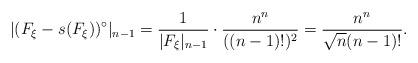
LaTeX: \begin{align*}|(F_{\xi}-s(F_{\xi}))^{\circ}|_{n-1}=\frac{1}{|F_\xi|_{n-1}}\cdot \frac{n^n}{((n-1)!)^2}=\frac{n^n}{\sqrt{n}(n-1)!}.\end{align*}